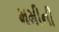
મમીની